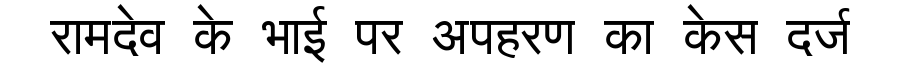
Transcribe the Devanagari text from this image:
रामदेव के भाई पर अपहरण का केस दर्ज